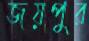
জয়পুর